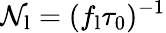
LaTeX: \mathcal{N}_{\mathrm{{l}}}=(f_{\mathrm{{l}}}\tau_{0})^{-1}